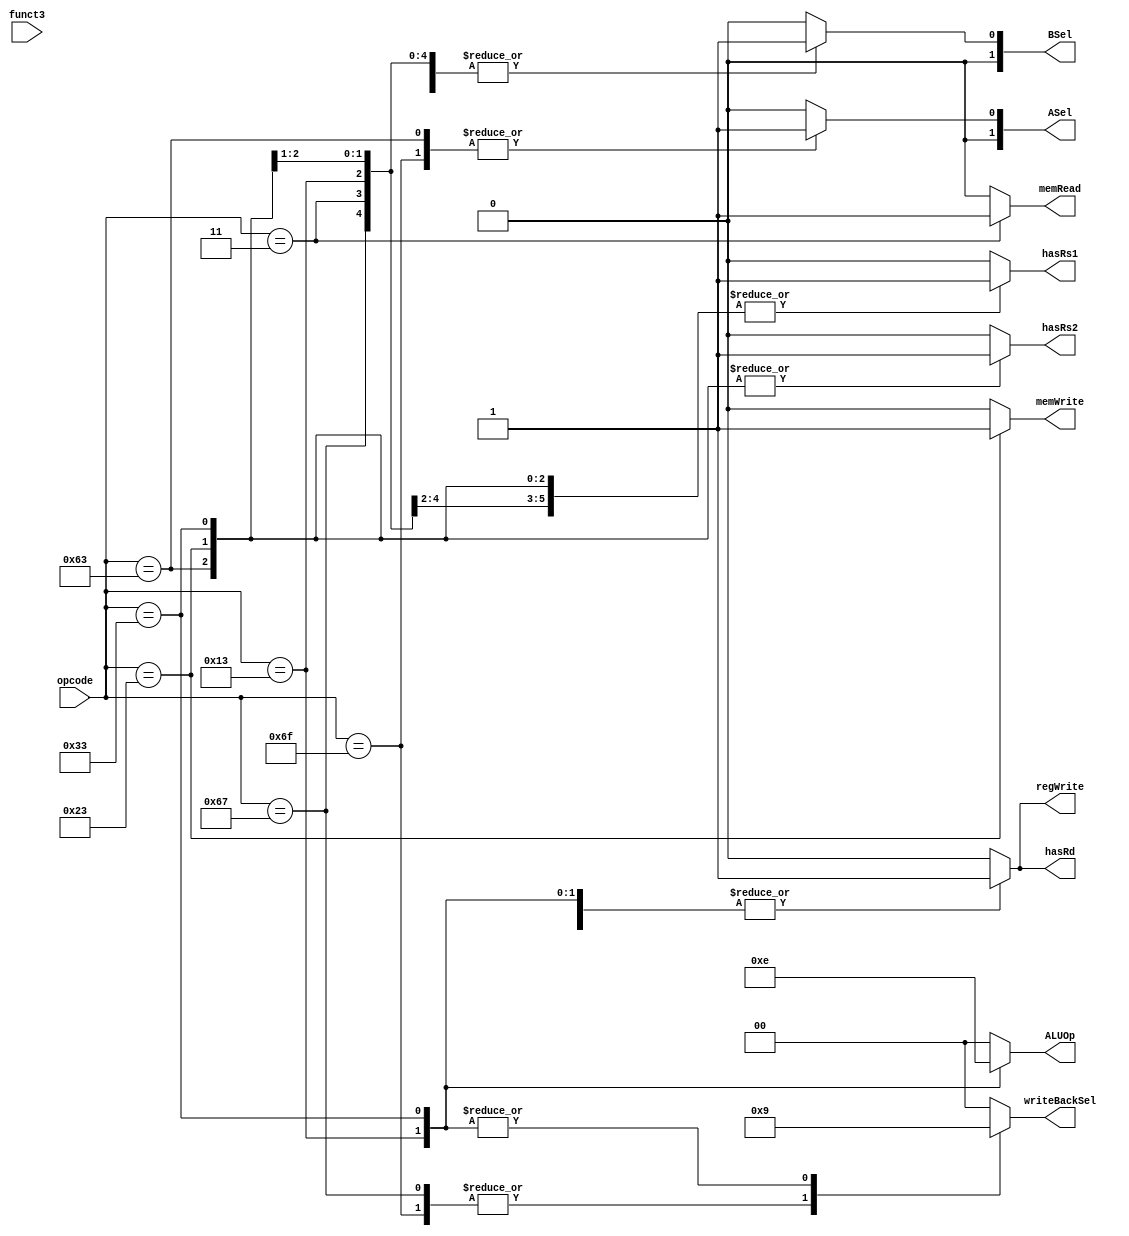
/* verilator lint_off UNUSEDSIGNAL */
module Control(
    input [6:0] opcode,
    input [2:0] funct3,
    output reg memRead,
    output reg memWrite,
    output reg [1:0] ASel,
    output reg [1:0] BSel,
    output reg [1:0] ALUOp,
    output reg regWrite,
    output reg [1:0] writeBackSel,
    output reg hasRs1,
    output reg hasRs2,
    output reg hasRd
);

always @(*) begin
    case(opcode)
        7'b1101111: begin // jal
            memRead = 1'b0;
            memWrite = 1'b0;
            ASel = 2'b01;
            BSel = 2'b01;
            ALUOp = 2'b00;
            regWrite = 1'b1;
            writeBackSel = 2'b10;
            hasRs1 = 1'b0;
            hasRs2 = 1'b0;
            hasRd = 1'b1;
        end
        7'b1100111: begin // jalr
            memRead = 1'b0;
            memWrite = 1'b0;
            ASel = 2'b00;
            BSel = 2'b01;
            ALUOp = 2'b00;
            regWrite = 1'b1;
            writeBackSel = 2'b10;
            hasRs1 = 1'b1;
            hasRs2 = 1'b0;
            hasRd = 1'b1;
        end
        7'b1100011: begin // B type
            memRead = 1'b0;
            memWrite = 1'b0;
            ASel = 2'b01;
            BSel = 2'b01;
            ALUOp = 2'b00;
            regWrite = 1'b0;
            writeBackSel = 2'b00; // dont care
            hasRs1 = 1'b1;
            hasRs2 = 1'b1;
            hasRd = 1'b0;
        end
        7'b0000011: begin // lw
            memRead = 1'b1;
            memWrite = 1'b0;
            ASel = 2'b00;
            BSel = 2'b01;
            ALUOp = 2'b00;
            regWrite = 1'b1;
            writeBackSel = 2'b00;
            hasRs1 = 1'b1;
            hasRs2 = 1'b0;
            hasRd = 1'b1;
        end
        7'b0100011: begin // S type
            memRead = 1'b0;
            memWrite = 1'b1;
            ASel = 2'b00;
            BSel = 2'b01;
            ALUOp = 2'b00;
            regWrite = 1'b0;
            writeBackSel = 2'b00; // dont care
            hasRs1 = 1'b1;
            hasRs2 = 1'b1;
            hasRd = 1'b0;
        end
        7'b0010011: begin // I type
            memRead = 1'b0;
            memWrite = 1'b0;
            ASel = 2'b00;
            BSel = 2'b01;
            ALUOp = 2'b11;
            regWrite = 1'b1;
            writeBackSel = 2'b01;
            hasRs1 = 1'b1;
            hasRs2 = 1'b0;
            hasRd = 1'b1;
        end
        7'b0110011: begin // R type
            memRead = 1'b0;
            memWrite = 1'b0;
            ASel = 2'b00;
            BSel = 2'b00;
            ALUOp = 2'b10;
            regWrite = 1'b1;
            writeBackSel = 2'b01;
            hasRs1 = 1'b1;
            hasRs2 = 1'b1; 
            hasRd = 1'b1;
        end
        default: begin
            memRead = 1'b0;
            memWrite = 1'b0;
            ASel = 2'b00;
            BSel = 2'b00;
            ALUOp = 2'b00;
            regWrite = 1'b0;
            writeBackSel = 2'b00;
            hasRs1 = 1'b0;
            hasRs2 = 1'b0;
            hasRd = 1'b0;
        end
    endcase
end
endmodule